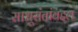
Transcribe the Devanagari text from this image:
साधूसंतांबद्दल